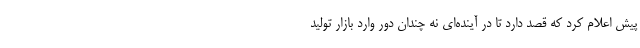
پیش اعلام کرد که قصد دارد تا در آینده‌ای نه چندان دور وارد بازار تولید